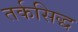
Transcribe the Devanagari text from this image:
तर्कसिद्ध